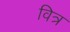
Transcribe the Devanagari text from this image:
वित्र